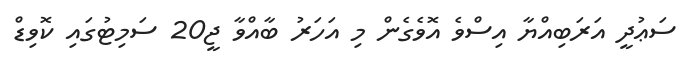
ސަޢުދީ އަރަބިއްޔާ އިސްވެ އޮވެގެން މި އަހަރު ބާއްވާ ޖީ20 ސަމިޓުގައި ކޮވިޑް